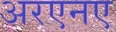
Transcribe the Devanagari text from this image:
अरएनए